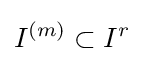
I^{(m)}\subset I^{r}